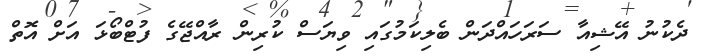
ދެކުނު އޭޝިއާ ސަރަހައްދަން ބެލިކަމުގައި ވިޔަސް ކުރިން ރާއްޖޭގެ ފުޓްބޯޅަ އަށް އޮތް